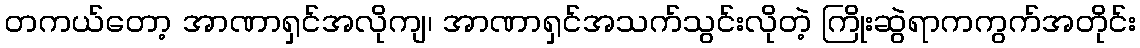
တကယ်တော့ အာဏာရှင်အလိုကျ၊ အာဏာရှင်အသက်သွင်းလိုတဲ့ ကြိုးဆွဲရာကကွက်အတိုင်း